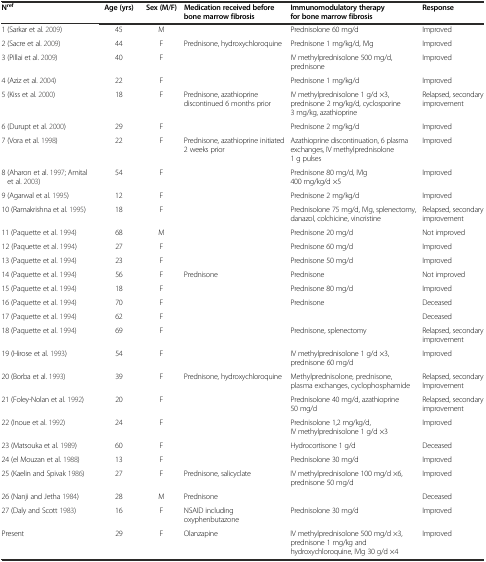
<table><thead><tr><td><b>N<sup>ref</sup></b></td><td><b>Age (yrs)</b></td><td><b>Sex (M/F)</b></td><td><b>Medication received before bone marrow fibrosis</b></td><td><b>Immunomodulatory therapy for bone marrow fibrosis</b></td><td><b>Response</b></td></tr></thead><tbody><tr><td>1 (Sarkar et al.2009)</td><td>45</td><td>M</td><td></td><td>Prednisolone 60 mg/d</td><td>Improved</td></tr><tr><td>2 (Sacre et al.2009)</td><td>44</td><td>F</td><td>Prednisone, hydroxychloroquine</td><td>Prednisone 1 mg/kg/d, IVIg</td><td>Improved</td></tr><tr><td>3 (Pillai et al.2009)</td><td>40</td><td>F</td><td></td><td>IV methylprednisolone 500 mg/d, prednisone</td><td>Improved</td></tr><tr><td>4 (Aziz et al.2004)</td><td>22</td><td>F</td><td></td><td>Prednisone 1 mg/kg/d</td><td>Improved</td></tr><tr><td>5 (Kiss et al.2000)</td><td>18</td><td>F</td><td>Prednisone, azathioprine discontinued 6 months prior</td><td>IV methylprednisolone 1 g/d ×3, prednisone 2 mg/kg/d, cyclosporine 3 mg/kg, azathioprine</td><td>Relapsed, secondary improvement</td></tr><tr><td>6 (Durupt et al.2000)</td><td>29</td><td>F</td><td></td><td>Prednisone 2 mg/kg/d</td><td>Improved</td></tr><tr><td>7 (Vora et al.1998)</td><td>22</td><td>F</td><td>Prednisone, azathioprine initiated 2 weeks prior</td><td>Azathioprine discontinuation, 6 plasma exchanges, IV methylprednisolone 1 g pulses</td><td>Improved</td></tr><tr><td>8 (Aharon et al.1997; Amital et al.2003)</td><td>54</td><td>F</td><td></td><td>Prednisone 80 mg/d, IVIg 400 mg/kg/d ×5</td><td>Improved</td></tr><tr><td>9 (Agarwal et al.1995)</td><td>12</td><td>F</td><td></td><td>Prednisone 2 mg/kg/d</td><td>Improved</td></tr><tr><td>10 (Ramakrishna et al.1995)</td><td>18</td><td>F</td><td></td><td>Prednisolone 75 mg/d, IVIg, splenectomy, danazol, colchicine, vincristine</td><td>Relapsed, secondary improvement</td></tr><tr><td>11 (Paquette et al.1994)</td><td>68</td><td>M</td><td></td><td>Prednisone 20 mg/d</td><td>Not improved</td></tr><tr><td>12 (Paquette et al.1994)</td><td>27</td><td>F</td><td></td><td>Prednisone 60 mg/d</td><td>Improved</td></tr><tr><td>13 (Paquette et al.1994)</td><td>23</td><td>F</td><td></td><td>Prednisone 50 mg/d</td><td>Improved</td></tr><tr><td>14 (Paquette et al.1994)</td><td>56</td><td>F</td><td>Prednisone</td><td>Prednisone</td><td>Not improved</td></tr><tr><td>15 (Paquette et al.1994)</td><td>18</td><td>F</td><td></td><td>Prednisone 80 mg/d</td><td>Improved</td></tr><tr><td>16 (Paquette et al.1994)</td><td>70</td><td>F</td><td></td><td>Prednisone</td><td>Deceased</td></tr><tr><td>17 (Paquette et al.1994)</td><td>62</td><td>F</td><td></td><td></td><td>Deceased</td></tr><tr><td>18 (Paquette et al.1994)</td><td>69</td><td>F</td><td></td><td>Prednisone, splenectomy</td><td>Relapsed, secondary improvement</td></tr><tr><td>19 (Hirose et al.1993)</td><td>54</td><td>F</td><td></td><td>IV methylprednisolone 1 g/d ×3, prednisone 60 mg/d</td><td>Improved</td></tr><tr><td>20 (Borba et al.1993)</td><td>39</td><td>F</td><td>Prednisone, hydroxychloroquine</td><td>Methylprednisolone, prednisone, plasma exchanges, cyclophosphamide</td><td>Relapsed, secondary Improvement</td></tr><tr><td>21 (Foley-Nolan et al.1992)</td><td>20</td><td>F</td><td></td><td>Prednisolone 40 mg/d, azathioprine 50 mg/d</td><td>Relapsed, secondary improvement</td></tr><tr><td>22 (Inoue et al.1992)</td><td>24</td><td>F</td><td></td><td>Prednisolone 1,2 mg/kg/d, IV methylprednisolone 1 g/d ×3</td><td>Improved</td></tr><tr><td>23 (Matsouka et al.1989)</td><td>60</td><td>F</td><td></td><td>Hydrocortisone 1 g/d</td><td>Deceased</td></tr><tr><td>24 (el Mouzan et al.1988)</td><td>13</td><td>F</td><td></td><td>Prednisolone 30 mg/d</td><td>Improved</td></tr><tr><td>25 (Kaelin and Spivak1986)</td><td>27</td><td>F</td><td>Prednisone, salicyclate</td><td>IV methylprednisolone 100 mg/d ×6, prednisone 50 mg/d</td><td>Improved</td></tr><tr><td>26 (Nanji and Jetha1984)</td><td>28</td><td>M</td><td>Prednisone</td><td></td><td>Deceased</td></tr><tr><td>27 (Daly and Scott1983)</td><td>16</td><td>F</td><td>NSAID including oxyphenbutazone</td><td>Prednisolone 30 mg/d</td><td>Improved</td></tr><tr><td>Present</td><td>29</td><td>F</td><td>Olanzapine</td><td>IV methylprednisolone 500 mg/d ×3, prednisone 1 mg/kg and hydroxychloroquine, IVIg 30 g/d ×4</td><td>Improved</td></tr></tbody></table>